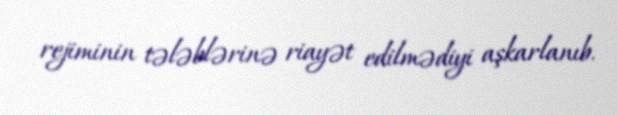
rejiminin tələblərinə riayət edilmədiyi aşkarlanıb.